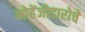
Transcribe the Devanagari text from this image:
मोहेंजोदारोचे